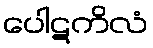
ပေါဋကိလံ